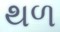
થળ